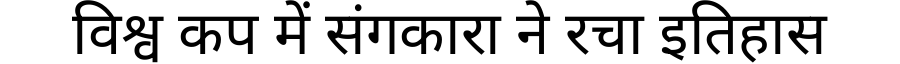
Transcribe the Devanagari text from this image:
विश्व कप में संगकारा ने रचा इतिहास